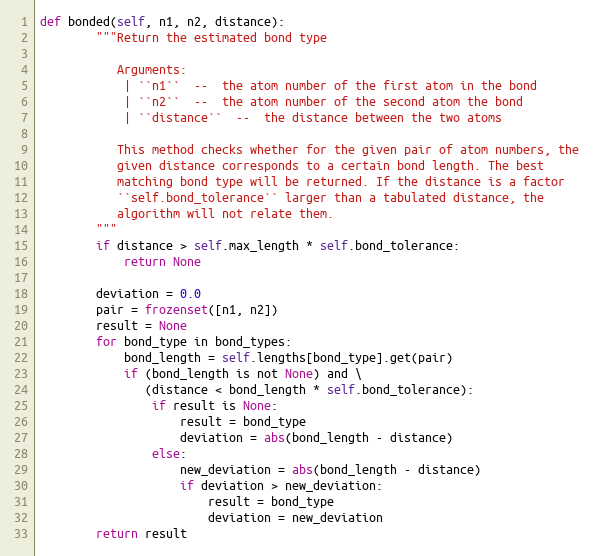
Language: Python
def bonded(self, n1, n2, distance):
        """Return the estimated bond type

           Arguments:
            | ``n1``  --  the atom number of the first atom in the bond
            | ``n2``  --  the atom number of the second atom the bond
            | ``distance``  --  the distance between the two atoms

           This method checks whether for the given pair of atom numbers, the
           given distance corresponds to a certain bond length. The best
           matching bond type will be returned. If the distance is a factor
           ``self.bond_tolerance`` larger than a tabulated distance, the
           algorithm will not relate them.
        """
        if distance > self.max_length * self.bond_tolerance:
            return None

        deviation = 0.0
        pair = frozenset([n1, n2])
        result = None
        for bond_type in bond_types:
            bond_length = self.lengths[bond_type].get(pair)
            if (bond_length is not None) and \
               (distance < bond_length * self.bond_tolerance):
                if result is None:
                    result = bond_type
                    deviation = abs(bond_length - distance)
                else:
                    new_deviation = abs(bond_length - distance)
                    if deviation > new_deviation:
                        result = bond_type
                        deviation = new_deviation
        return result